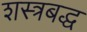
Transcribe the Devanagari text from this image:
शस्त्रबद्ध